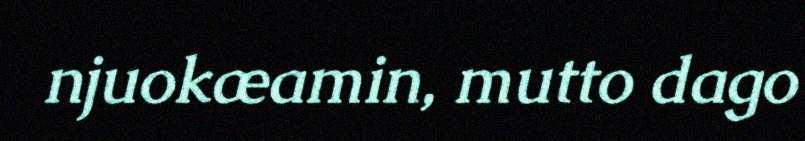
njuokæamin, mutto dago